Report on the administration of the Government Cinchona Department 1892-98
Year: 1892
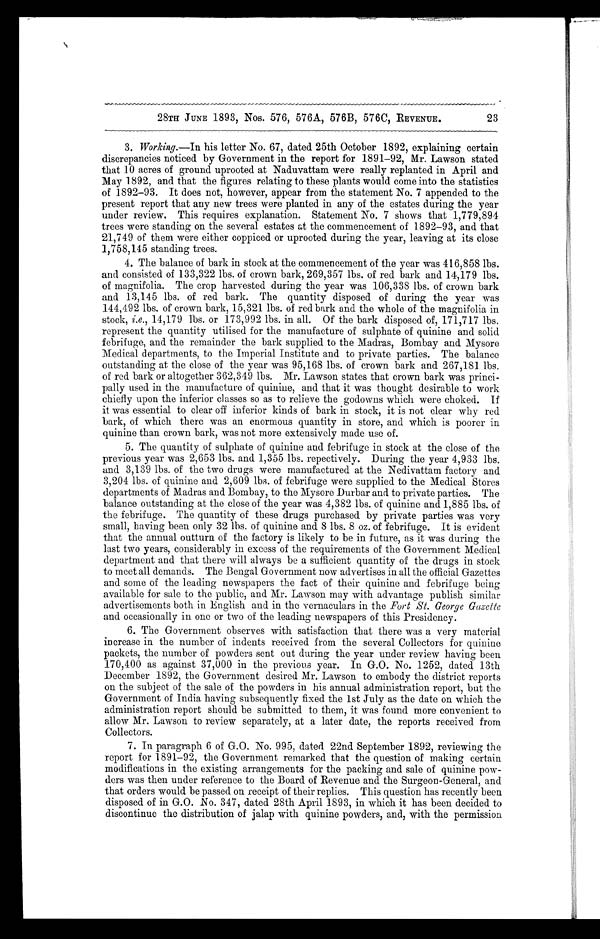
28TH JUNE 1893, Nos. 576, 576A, 576B, 576C, REVENUE .
23
3. Working.—In his letter No. 67, dated 25th October 1892, explaining certain
discrepancies noticed by Government in the report for 1891-92, Mr. Lawson stated
that 10 acres of ground uprooted at Naduvattam were really replanted in April and
May 1892, and that the figures relating to these plants would come into the statistics
of 1892-93. It does not, however, appear from the statement No. 7 appended to the
present report that any new trees were planted in any of the estates during the year
under review. This requires explanation. Statement No. 7 shows that 1,779,894
trees were standing on the several estates at the commencement of 1892-93, and that
21,749 of them were either coppiced or uprooted during the year, leaving at its close
1,758,145 standing trees.
4. The balance of bark in stock at the commencement of the year was 416,858 lbs.
and consisted of 133,322 lbs. of crown bark, 269,357 lbs. of red bark and 14,179 lbs.
of magnifolia. The crop harvested during the year was 106,338 lbs. of crown bark
and 13,145 lbs. of red bark. The quantity disposed of during the year was
144,492 lbs. of crown bark, 15,321 lbs. of red bark and the whole of the magnifolia in
stock, i.e., 14,179 lbs. or 173,992 lbs. in all. Of the bark disposed of, 171,717 lbs.
represent the quantity utilised for the manufacture of sulphate of quinine and solid
febrifuge, and the remainder the bark supplied to the Madras, Bombay and Mysore
Medical departments, to the Imperial Institute and to private parties. The balance
outstanding at the close of the year was 95,168 lbs. of crown bark and 267,181 lbs.
of red bark or altogether 362,349 lbs. Mr. Lawson states that crown bark was princi-
pally used in the manufacture of quinine, and that it was thought desirable to work
chiefly upon the inferior classes so as to relieve the godowns which were choked. If
it was essential to clear off inferior kinds of bark in stock, it is not clear why red
bark, of which there was an enormous quantity in store, and which is poorer in
quinine than crown bark, was not more extensively made use of.
5. The quantity of sulphate of quinine and febrifuge in stock at the close of the
previous year was 2,653 lbs. and 1,355 lbs. repectively. During the year 4,933 lbs.
and 3,139 lbs. of the two drugs were manufactured at the Nedivattam factory and
3,204 lbs. of quinine and 2,609 lbs. of febrifuge were supplied to the Medical Stores
departments of Madras and Bombay, to the Mysore Durbar and to private parties. The
balance outstanding at the close of the year was 4,382 lbs. of quinine and 1,885 lbs. of
the febrifuge. The quantity of these drugs purchased by private parties was very
small, having been only 32 lbs. of quinine and 8 lbs. 8 oz. of febrifuge. It is evident
that the annual outturn of the factory is likely to be in future, as it was during the
last two years, considerably in excess of the requirements of the Government Medical
department and that there will always be a sufficient quantity of the drugs in stock
to meet all demands. The Bengal Government now advertises in all the official Gazettes
and some of the leading newspapers the fact of their quinine and febrifuge being
available for sale to the public, and Mr. Lawson may with advantage publish similar
advertisements both in English and in the vernaculars in the Fort St. George Gazette
and occasionally in one or two of the leading newspapers of this Presidency.
6. The Government observes with satisfaction that there was a very material
increase in the number of indents received from the several Collectors for quinine
packets, the number of powders sent out during the year under review having been
170,400 as against 37,000 in the previous year. In G.O. No. 1252, dated 13th
December 1892, the Government desired Mr. Lawson to embody the district reports
on the subject of the sale of the powders in his annual administration report, but the
Government of India having subsequently fixed the 1st July as the date on which the
administration report should be submitted to them, it was found more convenient to
allow Mr. Lawson to review separately, at a later date, the reports received from
Collectors.
7. In paragraph 6 of G.O. No. 995, dated 22nd September 1892, reviewing the
report for 1891-92, the Government remarked that the question of making certain
modifications in the existing arrangements for the packing and sale of quinine pow-
ders was then under reference to the Board of Revenue and the Surgeon-General, and
that orders would be passed on receipt of their replies. This question has recently been
disposed of in G.O. No. 347, dated 28th April 1893, in which it has been decided to
discontinue the distribution of jalap with quinine powders, and, with the permission